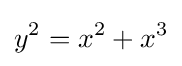
y^{2}=x^{2}+x^{3}